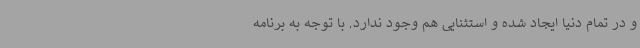
و در تمام دنیا ایجاد شده و استثنایی هم وجود ندارد. با توجه به برنامه